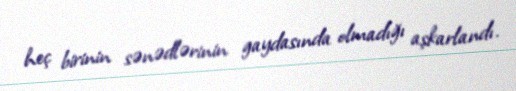
heç birinin sənədlərinin gaydasında olmadığı aşkarlandı.